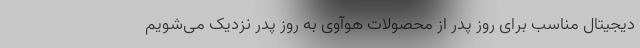
دیجیتال مناسب برای روز پدر از محصولات هوآوی به روز پدر نزدیک می‌شویم